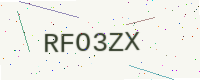
Text: RFO3ZX